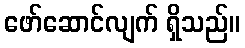
ဖော်ဆောင်လျက် ရှိသည်။